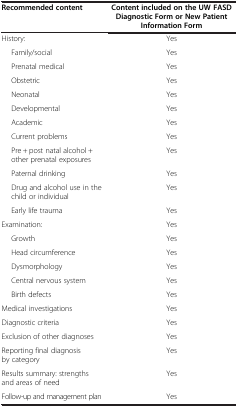
| Recommended content | Content included on the UW FASD Diagnostic Form or New Patient Information Form |
 | --- | --- |
 | History: | Yes |
 | Family/social | Yes |
 | Prenatal medical | Yes |
 | Obstetric | Yes |
 | Neonatal | Yes |
 | Developmental | Yes |
 | Academic | Yes |
 | Current problems | Yes |
 | Pre + post natal alcohol +other prenatal exposures | Yes |
 | Paternal drinking | Yes |
 | Drug and alcohol use in the child or individual | Yes |
 | Early life trauma | Yes |
 | Examination: | Yes |
 | Growth | Yes |
 | Head circumference | Yes |
 | Dysmorphology | Yes |
 | Central nervous system | Yes |
 | Birth defects | Yes |
 | Medical investigations | Yes |
 | Diagnostic criteria | Yes |
 | Exclusion of other diagnoses | Yes |
 | Reporting final diagnosis by category | Yes |
 | Results summary: strengths and areas of need | Yes |
 | Follow-up and management plan | Yes |